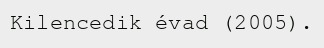
Kilencedik évad (2005).